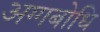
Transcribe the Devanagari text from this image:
अग्गबोधि